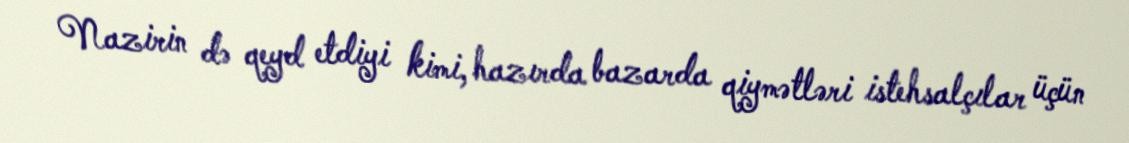
Nazirin də qeyd etdiyi kimi, hazırda bazarda qiymətləri istehsalçılar üçün